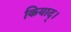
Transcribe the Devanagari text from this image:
कियाद्।